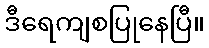
ဒီရေကျစပြုနေပြီ။